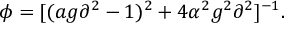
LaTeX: \phi = [ ( a g \partial ^ { 2 } - 1 ) ^ { 2 } + 4 \alpha ^ { 2 } g ^ { 2 } \partial ^ { 2 } ] ^ { - 1 } .